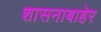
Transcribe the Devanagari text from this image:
शासनाबाहेर